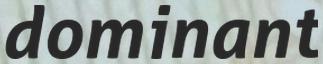
dominant